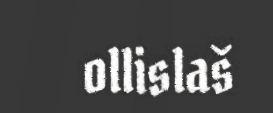
ollislaš